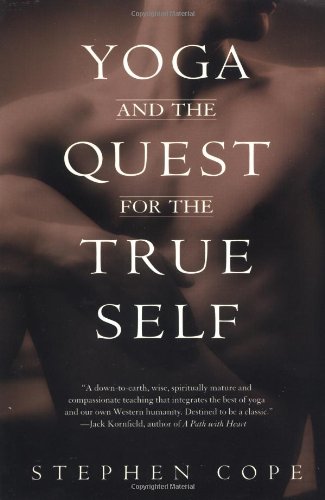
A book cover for Yoga and the Quest for the True Self; Stephen Cope; Religion & Spirituality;